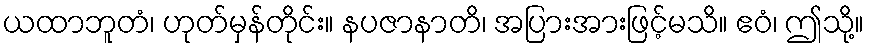
ယထာဘူတံ၊ ဟုတ်မှန်တိုင်း။ နပဇာနာတိ၊ အပြားအားဖြင့်မသိ။ ဧဝံ၊ ဤသို့။